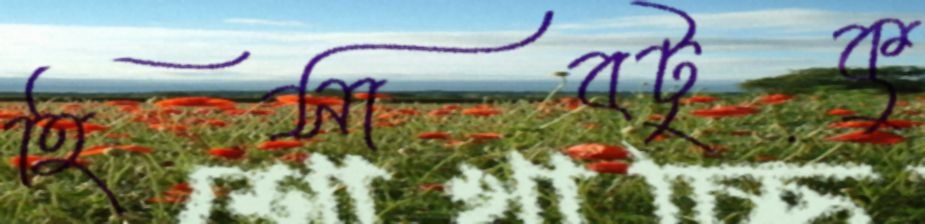
হিসাবটুকু